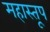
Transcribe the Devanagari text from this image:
महास्तूप